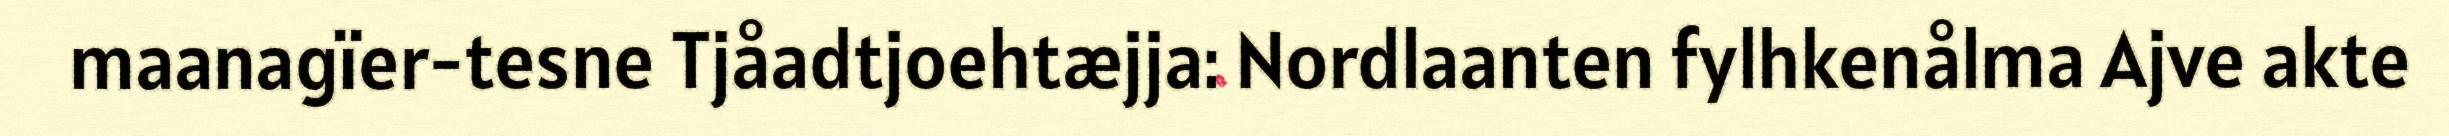
maanagïer-tesne Tjåadtjoehtæjja: Nordlaanten fylhkenålma Ajve akte